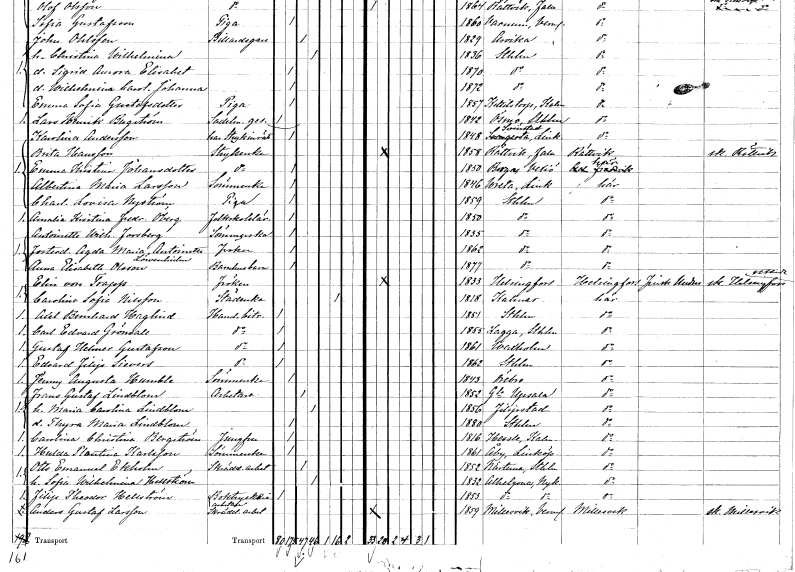
gt_parse: households: individuals: FN: Karolina
EN: Andersson
YRKE: Har strykinrättning
KON: K
CIV: O
FODAR: 1848
FODFORS: Svinstad Östergötlands län
FN: Brita
EN: Hansson
YRKE: Strykerska
KON: K
CIV: O
FODAR: 1858
FODFORS: Rättvik Kopparbergs län
FN: Emma Kristina
EN: Johansdotter
YRKE: Strykerska
KON: K
CIV: O
FODAR: 1850
FODFORS: Berga Kronobergs län
FN: Albertina Maria
EN: Larsson
YRKE: Sömmerska
KON: K
CIV: O
FODAR: 1846
FODFORS: Vreta kloster Östergötlands län
FN: Charlotta Lovisa
EN: Nyström
YRKE: Piga
KON: K
CIV: O
FODAR: 1859
FODFORS: Stockholm
FN: Amalia Kristina Fredrika
EN: Öberg
YRKE: Folkskolelärarinna
KON: K
CIV: O
FODAR: 1850
FODFORS: Stockholm
FN: Antoinette Wilhelmina
EN: Forsberg
YRKE: Sömmerska
KON: K
CIV: O
FODAR: 1835
FODFORS: Stockholm
FN: Agda Maria Antoinette
EN: Löwenhielm
KON: K
CIV: O
FODAR: 1862
FODFORS: Stockholm
FN: Anna Elisabeth
EN: Olsson
YRKE: Barnhusbarn
KON: K
CIV: O
FODAR: 1877
FODFORS: Stockholm
FN: Elin
EN: von Trapp
KON: K
CIV: O
FODAR: 1833
FN: Carolina Sofia
EN: Nilsson
YRKE: Städerska
KON: K
CIV: E
FODAR: 1818
FODFORS: Kalmar Kalmar län
FN: Axel Bernhard
EN: Haglind
YRKE: Handelsbiträde
KON: M
CIV: O
FODAR: 1851
FODFORS: Stockholm
FN: Carl Edvard
EN: Grönvall
YRKE: Handelsbiträde
KON: M
CIV: O
FODAR: 1855
FODFORS: Lagga Uppsala län
FN: Gustaf Helmer
EN: Gustafsson
YRKE: Handelsbiträde
KON: M
CIV: O
FODAR: 1861
FODFORS: Vaxholm Stockholms län
FN: Edvard Filip
EN: Siwers
YRKE: Handelsbiträde
KON: M
CIV: O
FODAR: 1862
FODFORS: Stockholm
FN: Jenny Augusta
EN: Humble
YRKE: Sömmerska
KON: K
CIV: O
FODAR: 1843
FODFORS: Örebro Örebro län
FN: Frans Gustaf
EN: Lindblom
YRKE: Arbetare
KON: M
CIV: G
FODAR: 1852
FODFORS: Gamla Uppsala Uppsala län
FN: Maria Carolina
EN: Lindblom
KON: K
CIV: G
FODAR: 1856
FODFORS: Filipstad Värmlands län
FN: Thyra Maria
EN: Lindblom
KON: K
CIV: O
FODAR: 1880
FODFORS: Stockholm
FN: Carolina Christina
EN: Bergström
YRKE: Jungfru
KON: K
CIV: O
FODAR: 1816
FODFORS: Hässleby Jönköpings län
FN: Hulda Plantina
EN: Karlsson
YRKE: Sömmerska
KON: K
CIV: O
FODAR: 1861
FODFORS: Åby Östergötlands län
FN: Otto Emanuel
EN: Ekholm
YRKE: Skrädderiarbetare
KON: M
CIV: G
FODAR: 1852
FODFORS: Närtuna Stockholms län
FN: Sofia Wilhelmina
EN: Hellström
KON: K
CIV: G
FODAR: 1832
FODFORS: Nyköpings Helgona Södermanlands län
FN: Filip Theodor
EN: Hellström
YRKE: Boktryckeriarbetare
KON: M
CIV: O
FODAR: 1853
FODFORS: Nyköpings Helgona Södermanlands län
FN: Anders Gustaf
EN: Larsson
YRKE: Skrädderiarbetare
KON: M
CIV: O
FODAR: 1859
FODFORS: Millesvik Värmlands län